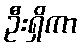
ဦးရှိကာ